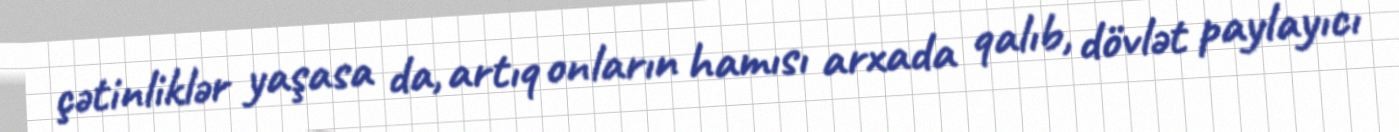
çətinliklər yaşasa da, artıq onların hamısı arxada qalıb, dövlət paylayıcı